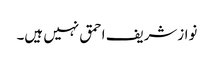
نوازشریف احمق نہیں ہیں۔